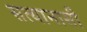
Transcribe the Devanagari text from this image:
सत्यानासी